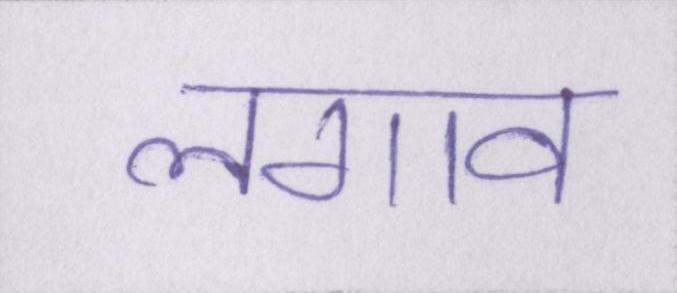
लगाव